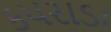
કપરાડા